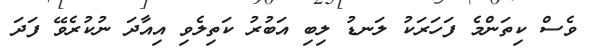
ވެސް ކިތަންމެ ފަހަރަކު ލަނޑު ލިބި އަބުރު ކަތިލެވި އިއާދަ ނުކުރެވޭ ފަދަ